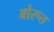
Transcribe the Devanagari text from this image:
बोरूत